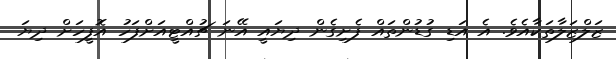
ޒަލްޒަލާތަކާއެވެ. އެ އަޑި ގުޑުންތައް ފެށިގެން ދިޔައީ އޭނަ ޗުއްޓީއަށްފަހު އޮފީހަށް ދިޔަ